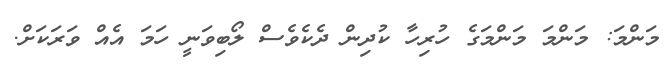
މަންމަ: މަންމަ މަންމަގެ ހުރިހާ ކުދިން ދެކެވެސް ލޯބިވަނީ ހަމަ އެއް ވަރަކަށް.